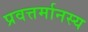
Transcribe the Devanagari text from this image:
प्रवत्तर्मानस्य